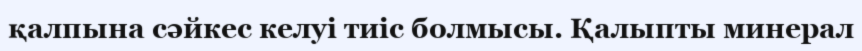
қалпына сәйкес келуі тиіс болмысы. Қалыпты минерал